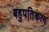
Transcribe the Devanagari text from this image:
बहुपतिकत्व